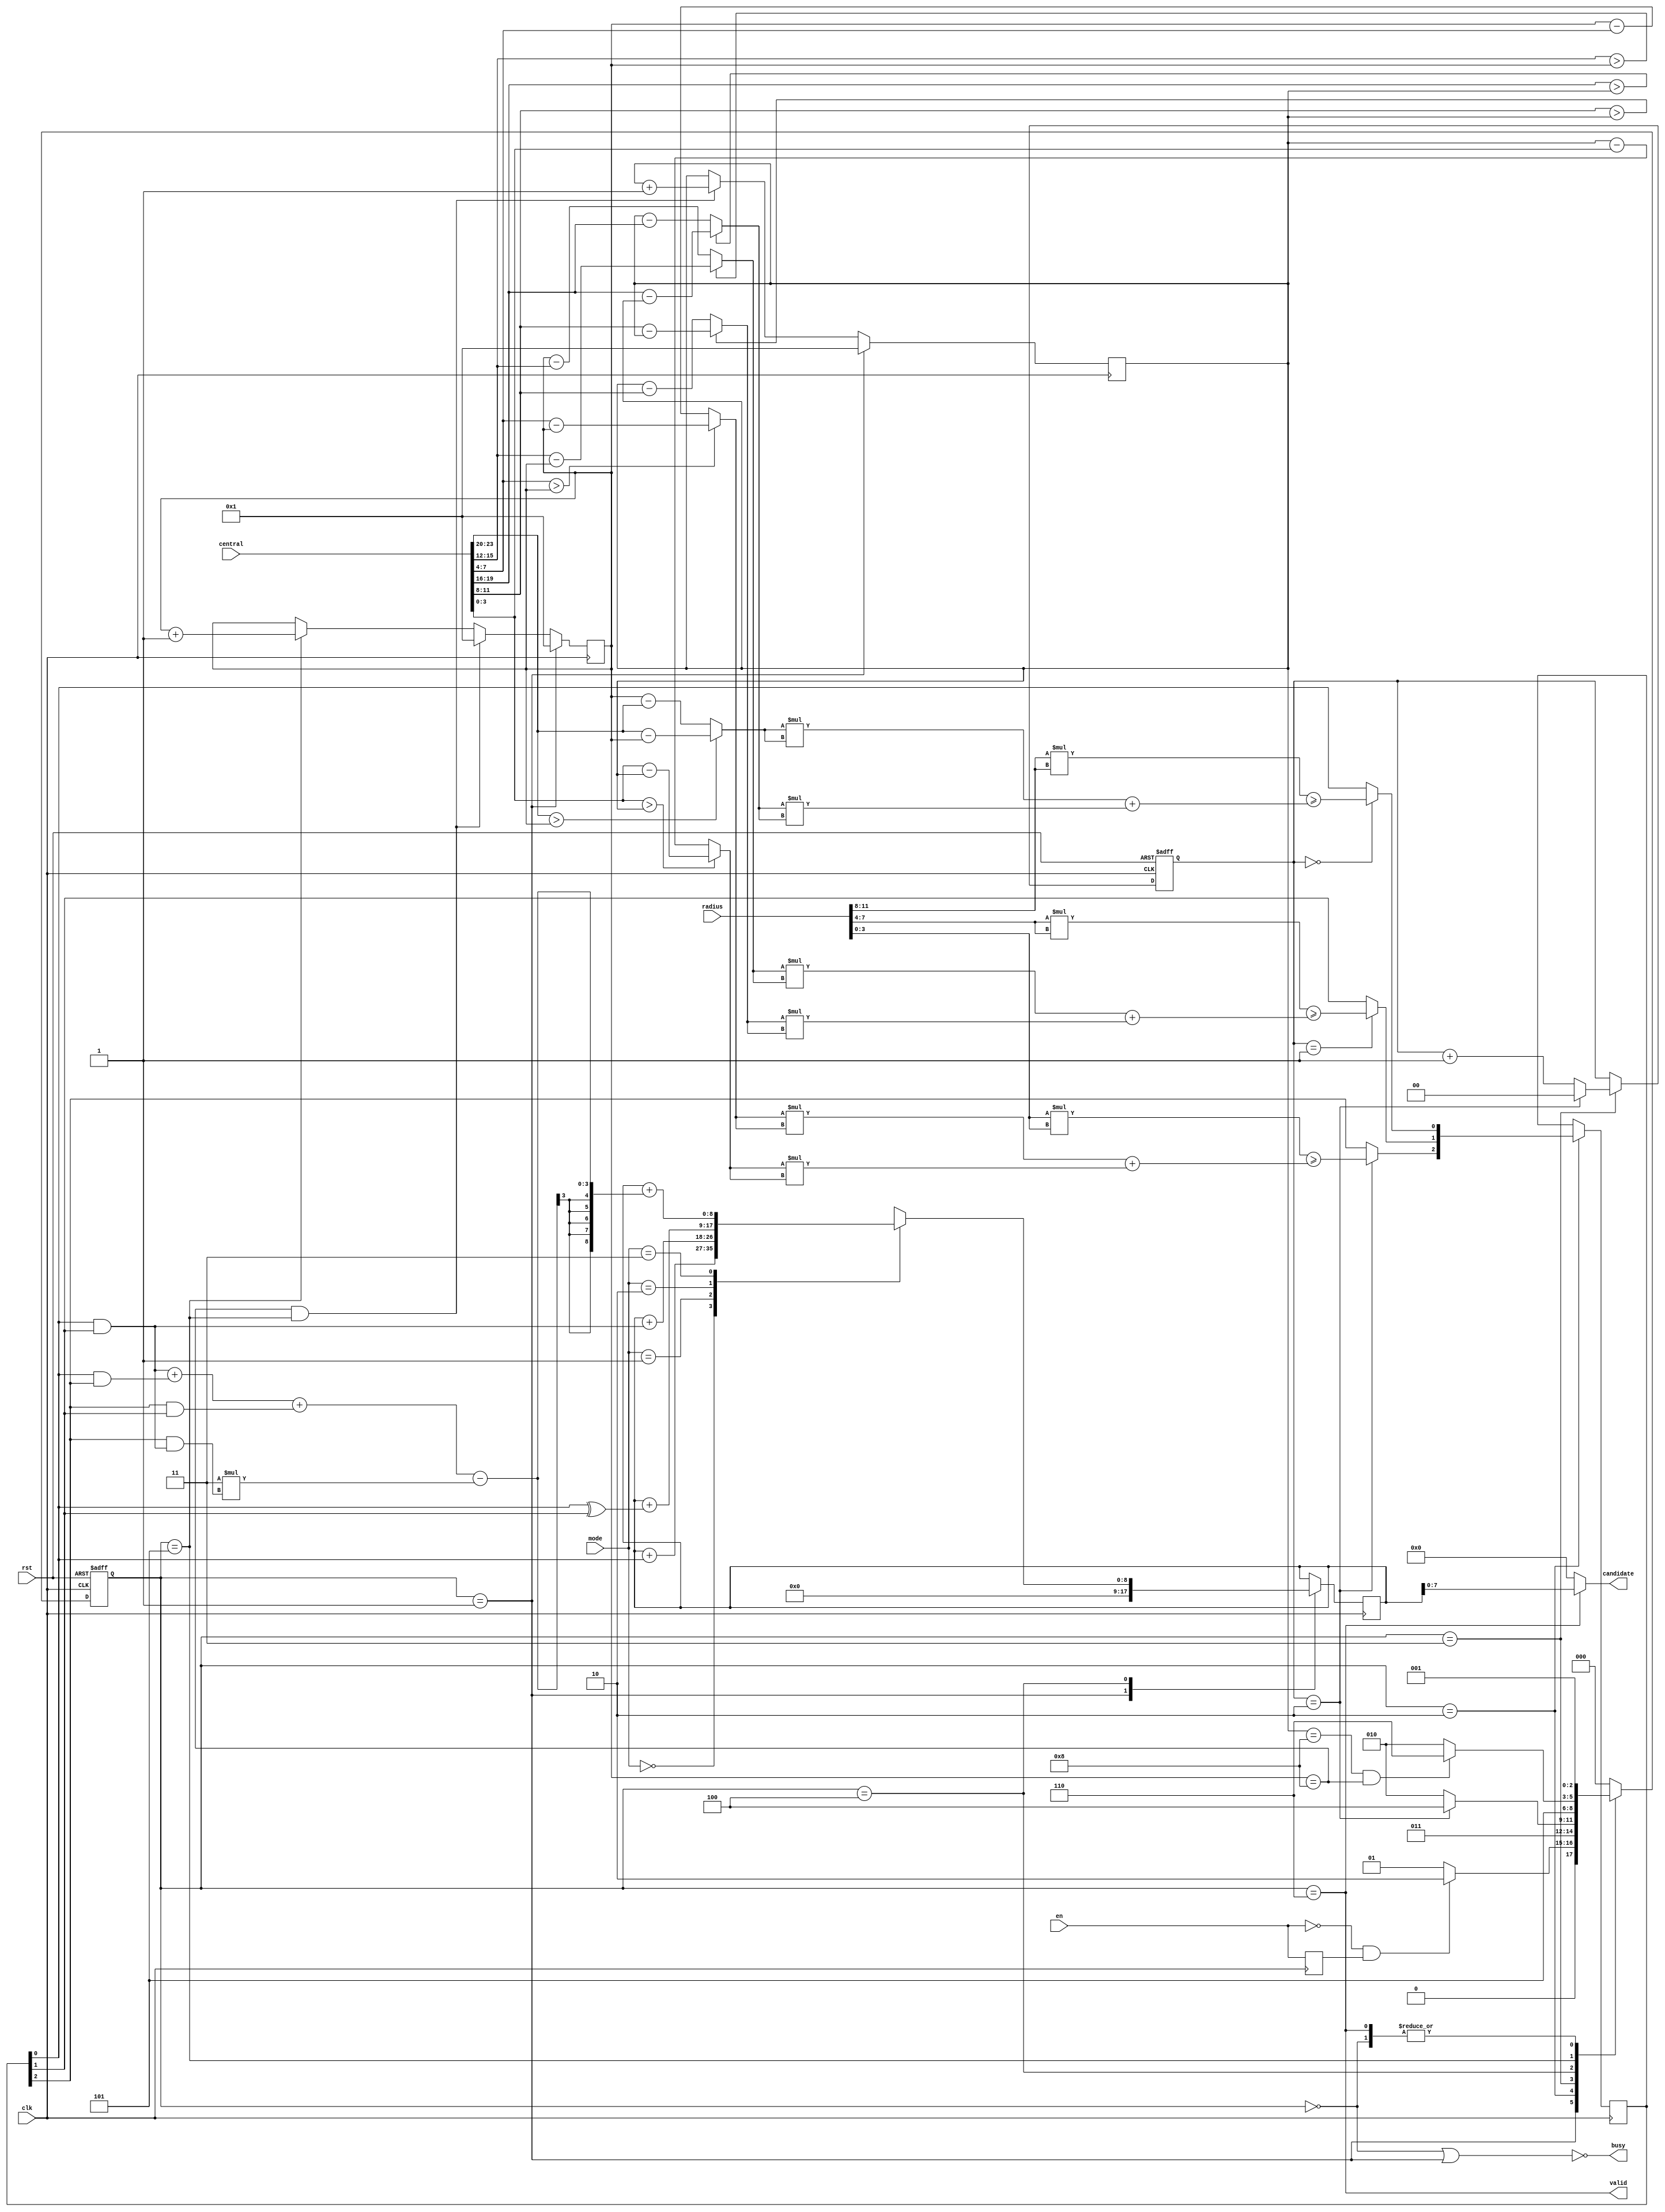
module SET (rst,clk,en,central,radius,mode,busy,valid,candidate);
    input   rst;
    input   clk;
    input   en;
    input   [23:0]central;
    input   [11:0]radius;
    input   [1:0]mode;

    output    busy;
    output    valid;
    output   [7:0]candidate;

    reg valid_d1;
    wire read_done;
    reg en_d1;
    wire cal_done;
    

    reg [8:0]ANS;
    wire [8:0]site;
    reg [2:0]circle;

    wire[3:0] ax,ay,bx,by,cx,cy,ar,br,cr;

    reg [1:0]counter_pic;

    reg [3:0]counter_x;
    reg [3:0]counter_y;

    reg [2:0]next_state;
    reg [2:0]cur_state;
    
    parameter IDLE=4'd0,READ=4'd1,CALCULATE=4'd2,ADDPIC=4'd3,CALANS=4'd4,ADDSITE=4'd5,OUTPUT=4'd6;
//===============================================
always @(posedge clk or posedge rst) begin
    if(rst)
        cur_state<=IDLE;
    else
        cur_state<=next_state;
end
always @(posedge clk) begin
    en_d1<=en;
end

assign read_done=((~en)&&(en_d1));

always @(*) begin
    case (cur_state)
        IDLE:begin
                next_state=READ;
        end
        READ:begin
            if(read_done)//read_done
                next_state=CALCULATE;
            else
                next_state=READ;
        end
        CALCULATE:begin
            next_state=ADDPIC;
        end
        ADDPIC:begin
            if(counter_pic==2)
                next_state=CALANS;
            else
                next_state=CALCULATE;
        end
        CALANS:begin
            next_state=ADDSITE;
        end
        ADDSITE:begin
            if(cal_done)
                next_state=OUTPUT;
            else
                next_state=CALCULATE;
        end
        OUTPUT:begin
                next_state=READ;
        end
        default: next_state=IDLE;
    endcase

end

assign ax=central[23:20];
assign ay=central[19:16];
assign bx=central[15:12];
assign by=central[11:8];
assign cx=central[7:4];
assign cy=central[3:0];

assign ar=radius[11:8];
assign br=radius[7:4];
assign cr=radius[3:0];

assign busy=(~((cur_state==IDLE)||(cur_state==READ)));
assign valid=(cur_state==OUTPUT);
assign candidate=(cur_state==OUTPUT)?ANS:8'd0;
assign cal_done=((counter_y==8)&&(counter_x==8));


//ANS
always @(posedge clk) begin     
    case (cur_state)
        READ:ANS=0;
        CALANS:begin
            case(mode)
                0:begin
                    ANS=ANS+circle[0];
                end
                1:begin
                    ANS=ANS+(circle[0]&circle[1]);
                end
                2:begin
                    ANS=ANS+(circle[0]^circle[1]);
                end
                3:begin
                    ANS=ANS+((circle[0]&circle[1])+(circle[0]&circle[2])+(circle[2]&circle[1])-3*(circle[2]&(circle[0]&circle[1])));
                end
            endcase
        end
    endcase
end

//counter_pic
always @(posedge clk or posedge rst) begin
    if(rst)
        counter_pic<=0;
    else if (cur_state==ADDPIC)begin
        if(counter_pic==2)
            counter_pic<=0;
        else    
            counter_pic<=counter_pic+1;
        end
end

//site
assign site=counter_x+counter_y*8;

//circle
 always @(posedge clk) begin
     if(cur_state==CALCULATE)begin
         case(counter_pic)
         0:circle[0]=dot_compare(counter_x,counter_y,ar,ax,ay);
		 1:circle[1]=dot_compare(counter_x,counter_y,br,bx,by);
		 2:circle[2]=dot_compare(counter_x,counter_y,cr,cx,cy);
         default:circle=circle;
        endcase
     end
     else begin
         circle=circle;
     end
 end

//counter_x 
always @(posedge clk) begin
    if (cur_state==READ) counter_x<=1;
        else if((counter_x==8)&&(cur_state==ADDSITE))
                    counter_x<=1;
                else if(cur_state==ADDSITE)
                    counter_x<=counter_x+1;
end


//counter_y
always @(posedge clk) begin
    if(cur_state==READ)
        counter_y<=1;
    else if((counter_x==8)&&(cur_state==ADDSITE))
        counter_y<=counter_y+1;
end

function dot_compare;
    input [3:0] X,Y,radius ;
    input [3:0] central_x,central_y;

    reg  [4:0] XD,YD;
    reg  [9:0] squ_x,squ_y;
    reg [9:0] squ_r;
    begin
        XD=(central_x>X)?(central_x-X):(X-central_x);
        YD=(central_y>Y)?(central_y-Y):(Y-central_y);
        squ_x=XD*XD;
        squ_y=YD*YD;
        squ_r=radius*radius;
        dot_compare=(squ_r>=(squ_x+squ_y));
    end
endfunction
//================================================
endmodule